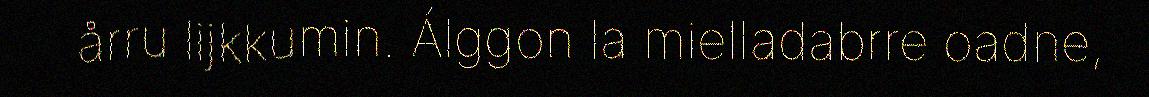
årru lijkkumin. Álggon la mielladabrre oadne,